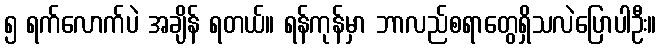
၅ ရက်လောက်ပဲ အချိန် ရတယ်။ ရန်ကုန်မှာ ဘာလည်စရာတွေရှိသလဲပြောပါဦး။